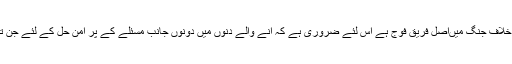
اور اس پر دونوں کا اتفاق تھا کہ چونکہ دہشت گردی کے خلاف جنگ میںاصل فریق فوج ہے اس لئے ضروری ہے کہ آنے والے دنوں میں دونوں جانب مسئلے کے پر امن حل کے لئے جن تجاویز پر بھی اتفاق ہو ان میں فوج کی رضامندی شامل ہو۔